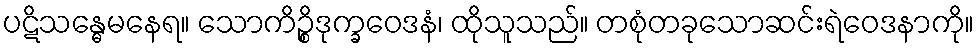
ပဋိသန္ဓေမနေရ။ သောကိဉ္စိဒုက္ခဝေဒနံ၊ ထိုသူသည်။ တစုံတခုသောဆင်းရဲဝေဒနာကို။